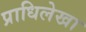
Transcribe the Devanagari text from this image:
प्राधिलेखा